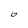
Character: 6